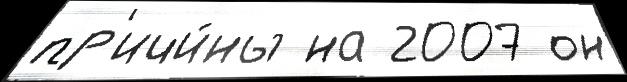
пр'ичи́ны на 2007 он